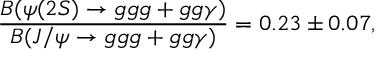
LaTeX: \frac { B ( \psi ( 2 S ) \rightarrow g g g + g g \gamma ) } { B ( J / \psi \rightarrow g g g + g g \gamma ) } = 0 . 2 3 \pm 0 . 0 7 ,